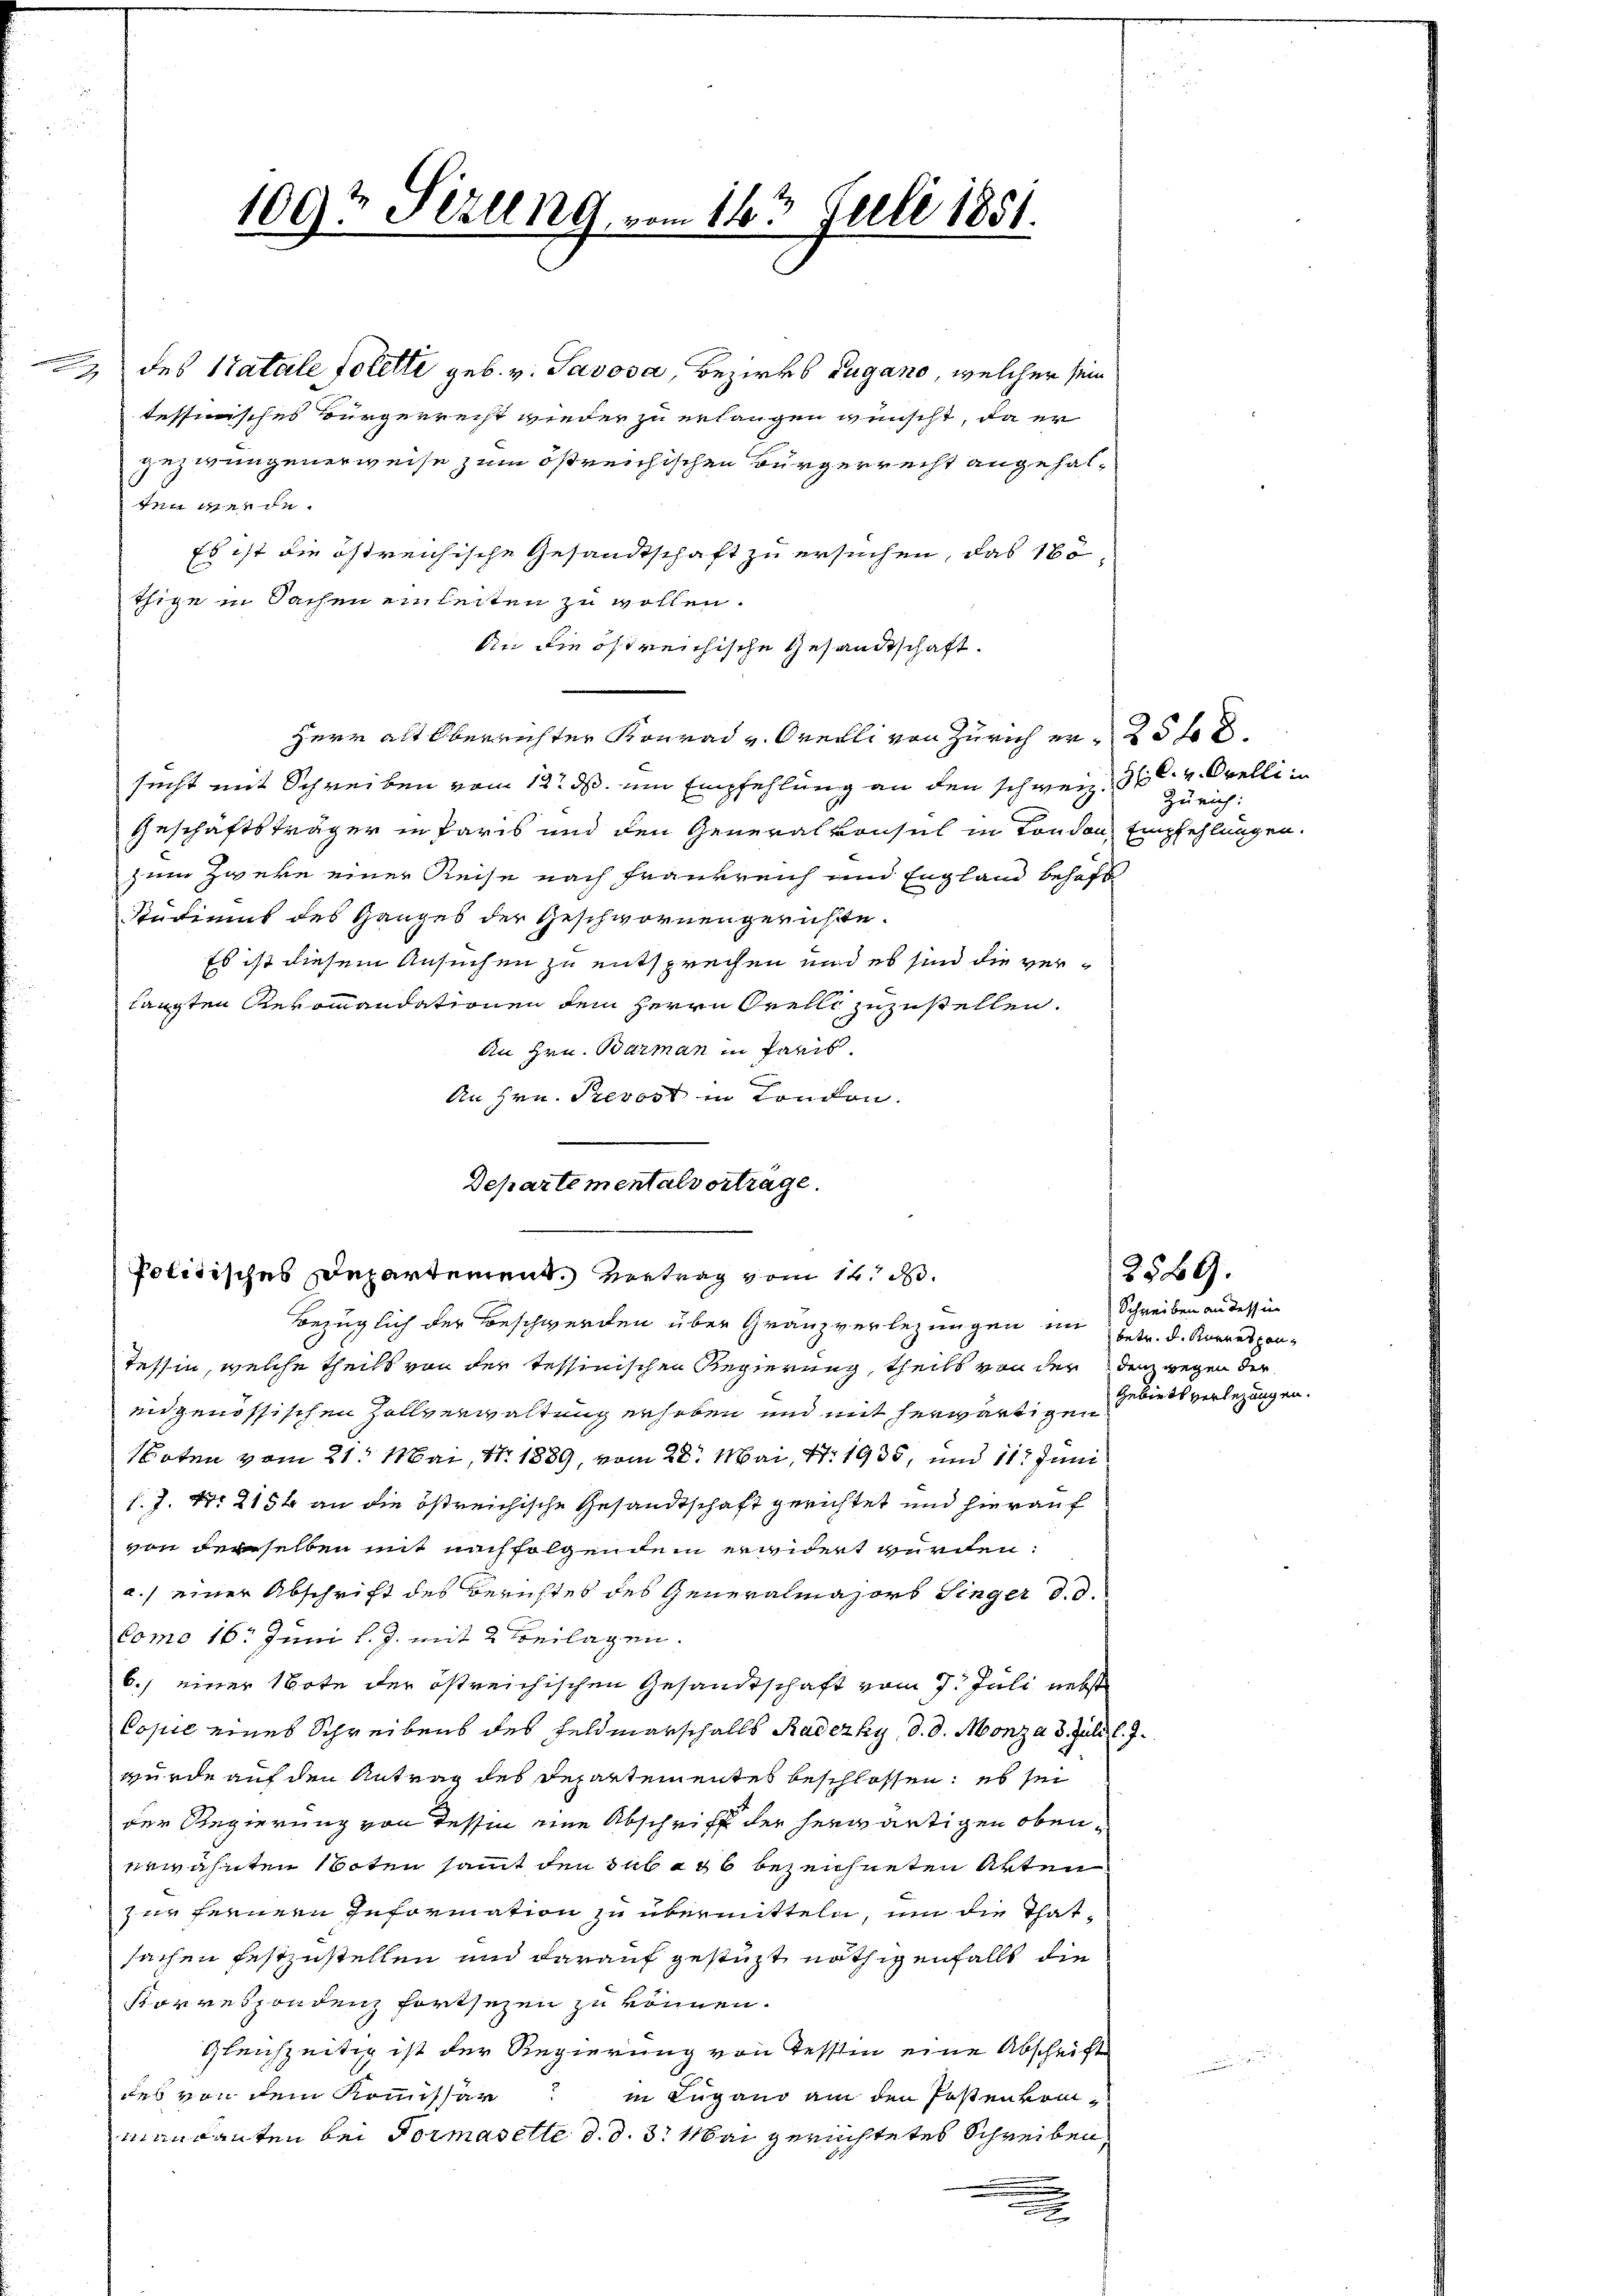
2

" des Statale folette geb. v. Savosa, Bezirks Zugano, welcher sein
tesserisches Bürgerrecht wieder zu erlangen wünscht, da er
gezwungenerweise zum östreichischen Bürgerrecht angehalten werde.
Es ist die östreichische Gesandtschaft zu ersuchen, das 16,
thige in Sachen einleiten zu wollen.
An die östreichische Gesandtschaft.
Herr alt Oberrichter Konrad v. Orelli von Zürich er 25 t d.
sucht mit Schreiben vom 12. ds. um Empfehlung an den schweiz.
Geschäftsträger in Paris und den Generalkonsul in London Empfehlungen.
zum Zwere einer Reise nach Frankreich und England behaft
Studiums des Ganzes der Geschwornengerichte.
Es ist diesem Ansuchen zu entsprechen und es sind die verlangten Revommandationen dem Herrn Orelli zuzustellen.
An Hrn. Barman in Paris.
An Hrn. Prevost in Condon.
Bezüglich der Beschwerden über Granzverlegungen im betr. d. Korrespon-
Tessin, welche theils von der tessinischen Regierung, theils von der denz wegen der
eidgenössischen Zollverwaltung erhoben und mit herwärtigen
Noten vom 21. Mai, 1. 1889, vom 28. Mai, 47. 1935, und 11t Juni
1. J. No 2154 an die östreichische Gesandtschaft gerichtet und hierauf
von derselben mit nachfolgendem erwidert wurden:
a.) einer Abschrift des Berichtes des Generalmajors Singer d. d.
Como 16. Juni l. J. mit 2 Beilagen.
6.) einer Note der östreichischen Gesandtschaft vom 7. Juli nebst
Copie eines Schreibens des Feldmarschalls Radezky, d. d. Monza 3. Juli l.
wurde auf den Antrag des Departementes beschlossen: es sei
der Regierung von Tessin eine Abschriff der herwärtigen obenerwähnten Noten samt den sub a 6 bezeichneten Arten
zzir fernern Information zu übermitteln, um die That-
sachen festzustellen und darauf gestüzt, nöthigenfalls die
Korrespondenz fortsezen zu können.
Gleichzeitig ist der Regierung von Tessin eine Abschrift
des von dem Kommissar
in Lugano am den Postenvon¬
Mandanten bei Formasette d. d. 3. Mai gerichtetes Schreiben
.
.

109t Ferung, vom 163 Juli 1851.

Departementalvorträge.
Politisches Departement. Vortrag vom 14. d.

H: C. v. Orelli in
Zürich:

Schreiben an dessen
Gebiets verlegungen.

2589.